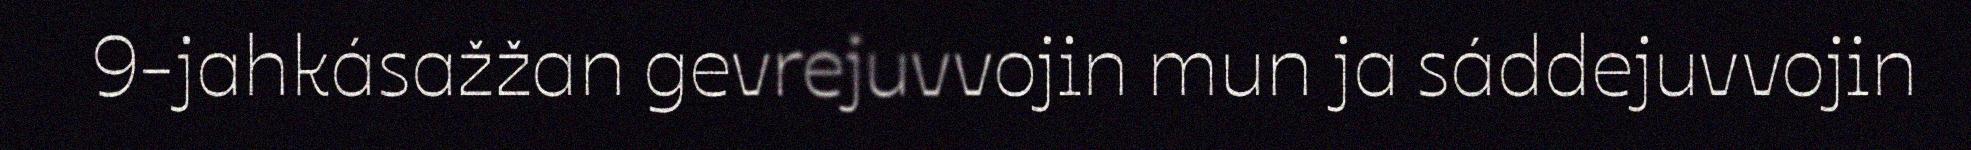
9-jahkásažžan gevrejuvvojin mun ja sáddejuvvojin